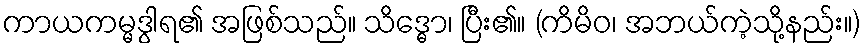
ကာယကမ္မဒွါရ၏ အဖြစ်သည်။ သိဒ္ဓော၊ ပြီး၏။ (ကိမိဝ၊ အဘယ်ကဲ့သို့နည်း။)